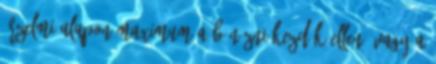
érzelmi alapon maximum a bénázni kezdők ellen, vagy a